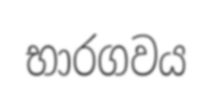
භාරගවය